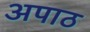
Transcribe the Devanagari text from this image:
अपाठ